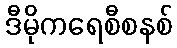
ဒီမိုကရေစီစနစ်